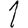
Digit: 1